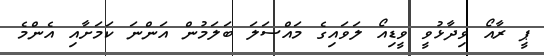
ޕީ ރާއޯ ވިދާޅުވީ ވީޑިއޯ ލަވައިގެ މައްސަލަ ބަލަމުން އަންނަ ކަމަށާއި އެންމެ